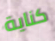
كناية